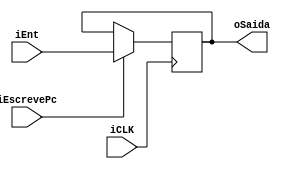
module PC(
	input iCLK, // tem clock ?
	input iEscrevePc,
	input [31:0] iEnt,
	output [31:0] oSaida
);

initial
begin
	oSaida = 32'h00400000;
end

always @(posedge iCLK)
begin
	if (iEscrevePc)
	begin
		oSaida <= iEnt;
	end
end

endmodule